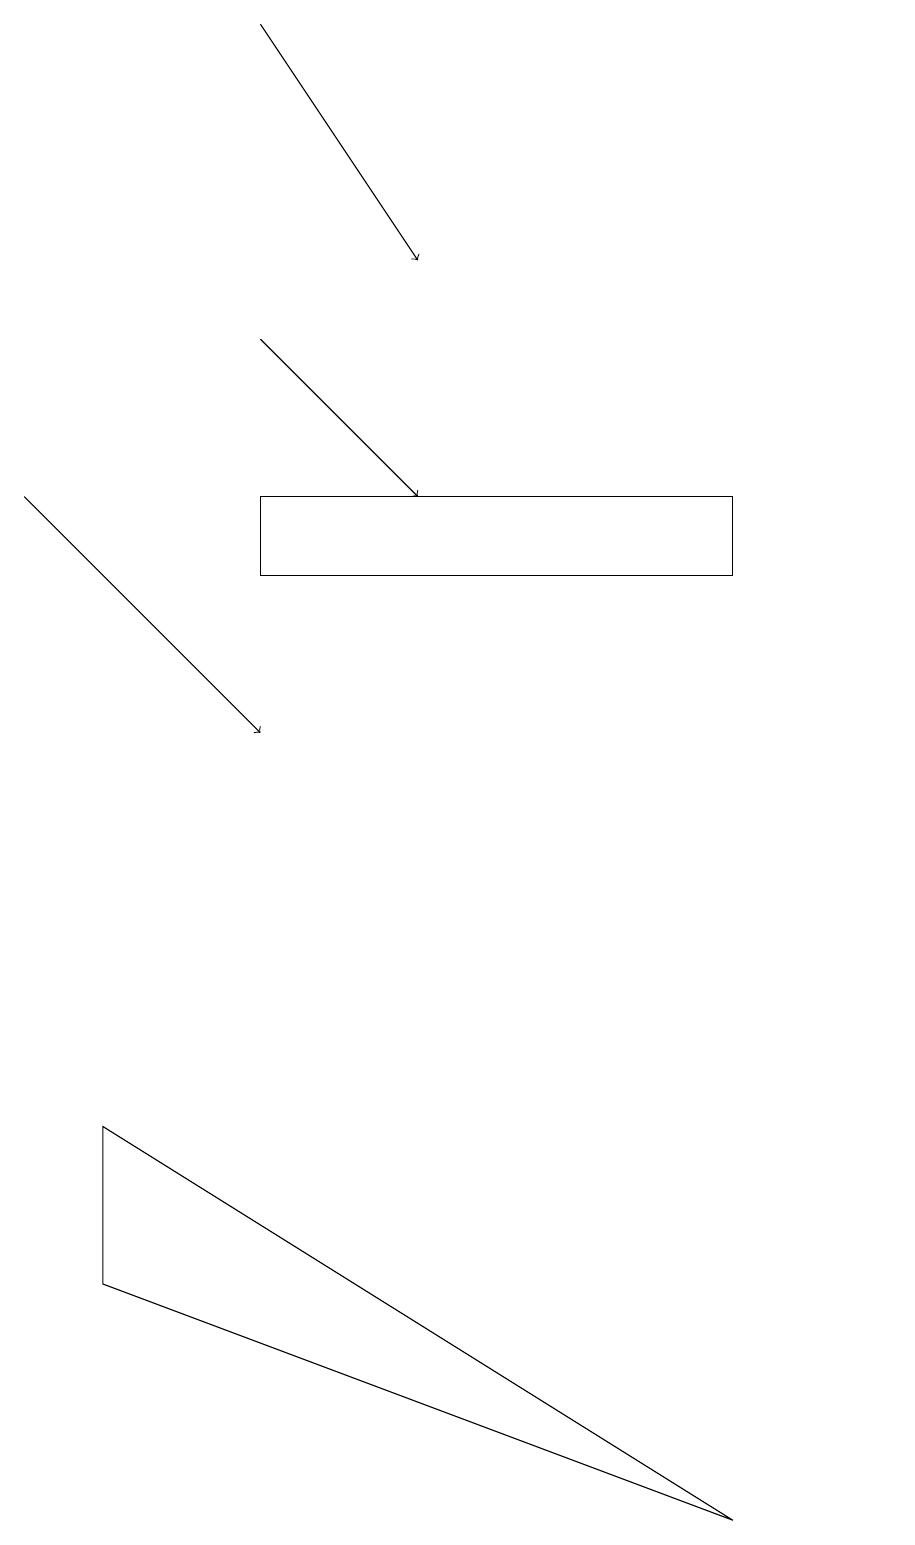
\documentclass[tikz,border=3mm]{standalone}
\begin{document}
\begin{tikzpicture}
\draw[->] (0,13) -- (3,10);
\draw (3,13) rectangle (9,12);
\draw (1,3) -- (9,0) -- (1,5) -- cycle;
\draw[->] (3,15) -- (5,13);
\draw[->] (3,19) -- (5,16);
\draw (11,12) circle (0);
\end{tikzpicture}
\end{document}